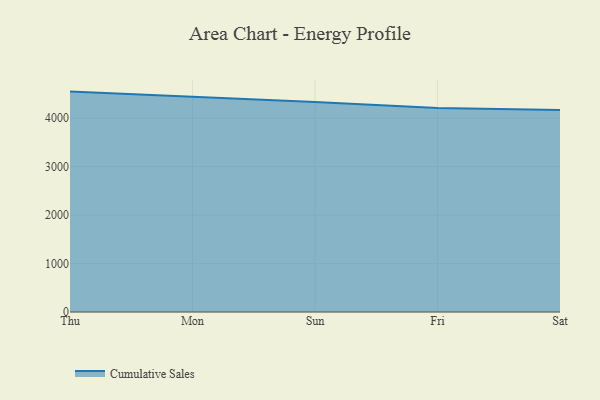
{"axis": {"x": "Day", "y": "Temperature (°C)"}, "legend": ["Cumulative Sales"], "data": [{"x": "Thu", "y": 4549.5, "type": "Cumulative Sales"}, {"x": "Mon", "y": 4443.1, "type": "Cumulative Sales"}, {"x": "Sun", "y": 4334.6, "type": "Cumulative Sales"}, {"x": "Fri", "y": 4209.3, "type": "Cumulative Sales"}, {"x": "Sat", "y": 4168.2, "type": "Cumulative Sales"}]}